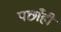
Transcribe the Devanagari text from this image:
पछाँही